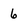
Character: 6